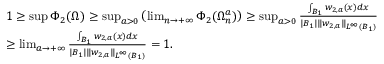
\begin{array} { r l } & { 1 \ge \operatorname* { s u p } \Phi _ { 2 } ( \Omega ) \ge \operatorname* { s u p } _ { a > 0 } \left( \operatorname* { l i m } _ { n \to + \infty } \Phi _ { 2 } ( \Omega _ { n } ^ { a } ) \right) \ge \operatorname* { s u p } _ { a > 0 } \frac { \int _ { B _ { 1 } } w _ { 2 , a } ( x ) d x } { | B _ { 1 } | \| w _ { 2 , a } \| _ { L ^ { \infty } ( B _ { 1 } ) } } } \\ & { \ge \operatorname* { l i m } _ { a \to + \infty } \frac { \int _ { B _ { 1 } } w _ { 2 , a } ( x ) d x } { | B _ { 1 } | \| w _ { 2 , a } \| _ { L ^ { \infty } ( B _ { 1 } ) } } = 1 . } \end{array}